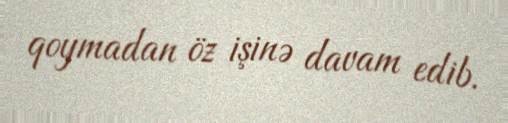
qoymadan öz işinə davam edib.